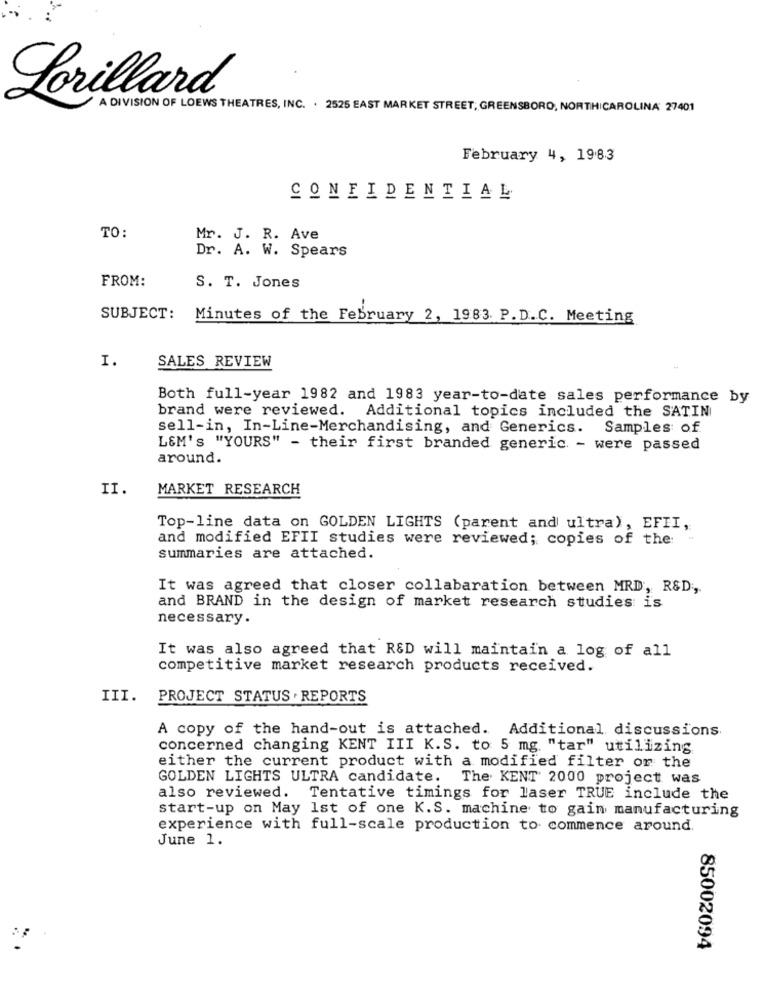
Lorillard
A DIVISION OF LOEWS THEATRES, INC. . 2525 EAST MARKET STREET, GREENSBORO, NORTHCAROLINA 27401
February 4, 1983
CONFIDENTIAL
TO:
Mr. J. R. Ave
Dr. A. W. Spears
FROM:
S. T. Jones
SUBJECT:
Minutes of the February 2, 1983. P.D.C. Meeting
I.
SALES REVIEW
Both full-year 1982 and 1983 year-to-date sales performance by
brand were reviewed. Additional topics included the SATIN
sell-in, In-Line-Merchandising, and Generics. Samples of
L&M's "YOURS" - their first branded generic. - were passed
around.
II.
MARKET RESEARCH
Top-line data on GOLDEN LIGHTS (parent and ultra), EFII,
and modified EFII studies were reviewed; copies of the
summaries are attached.
It was agreed that closer collabaration between MRD, R&D,
and BRAND in the design of market research studies is
necessary.
It was also agreed that R&D will maintain a log of all
competitive market research products received.
III.
PROJECT STATUS . REPORTS
A copy of the hand-out is attached. Additional discussions.
concerned changing KENT III K.S. to 5 mg "tar" utilizing
either the current product with a modified filter or the
GOLDEN LIGHTS ULTRA candidate.
The. KENT 2000 project was
also reviewed. Tentative timings for laser TRUE include the
start-up on May 1st of one K.S. machine to gain manufacturing
experience with full-scale production to commence around.
June 1.
85002094